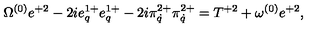
\Omega ^ { ( 0 ) } e ^ { + 2 } - 2 i e _ { q } ^ { 1 + } e _ { q } ^ { 1 + } - 2 i \pi _ { \dot { q } } ^ { 2 + } \pi _ { \dot { q } } ^ { 2 + } = T ^ { + 2 } + \omega ^ { ( 0 ) } e ^ { + 2 } ,